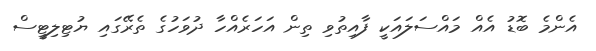
އެންމެ ބޮޑު އެއް މައްސަލައަކީ ފާއިތުވި ތިން އަހަރެއްހާ ދުވަހުގެ ތެރޭގައި ޔުޓިލިޓީސް